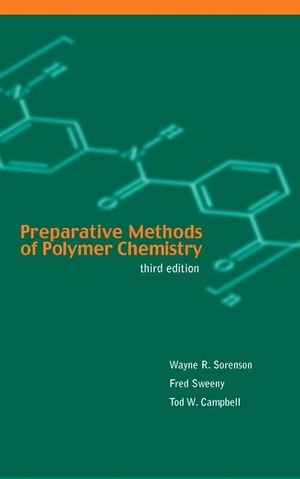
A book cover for Preparative Methods of Polymer Chemistry, 3rd Edition; Wayne Sorenson; Science & Math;